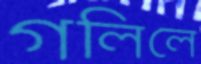
গলিলে